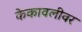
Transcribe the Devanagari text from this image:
केकावलीवर